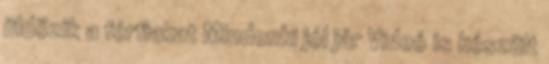
üldözik a férfiakat Mindenki jól jár Videó is készült